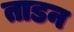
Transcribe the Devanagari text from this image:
ताडन